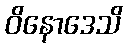
ဝိနောဒေသိ